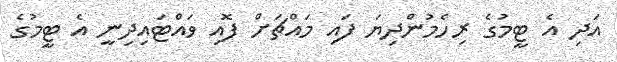
އަދި އެ ޓީމުގެ ރިހެމުންދިޔަ ފައި މައްޗަށް ފޮއި ވައްޓައިދިނީ އެ ޓީމުގެ